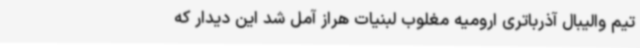
تیم والیبال آذرباتری ارومیه مغلوب لبنیات هراز آمل شد این دیدار که